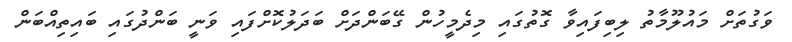
ވަގުތަށް މައުލޫމާތު ލިބިފައިވާ ގޮތުގައި މިދެމީހުން ގޭބަންދަށް ބަދަލުކޮށްފައި ވަނީ ބަންދުގައި ބައިތިއްބަން